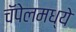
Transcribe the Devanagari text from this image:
चॅपेलमध्ये